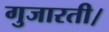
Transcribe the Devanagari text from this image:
गुजारती।